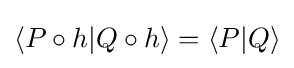
\langle P\circ h|Q\circ h\rangle =\langle P|Q\rangle